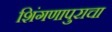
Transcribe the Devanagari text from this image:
शिंगणापुराचा